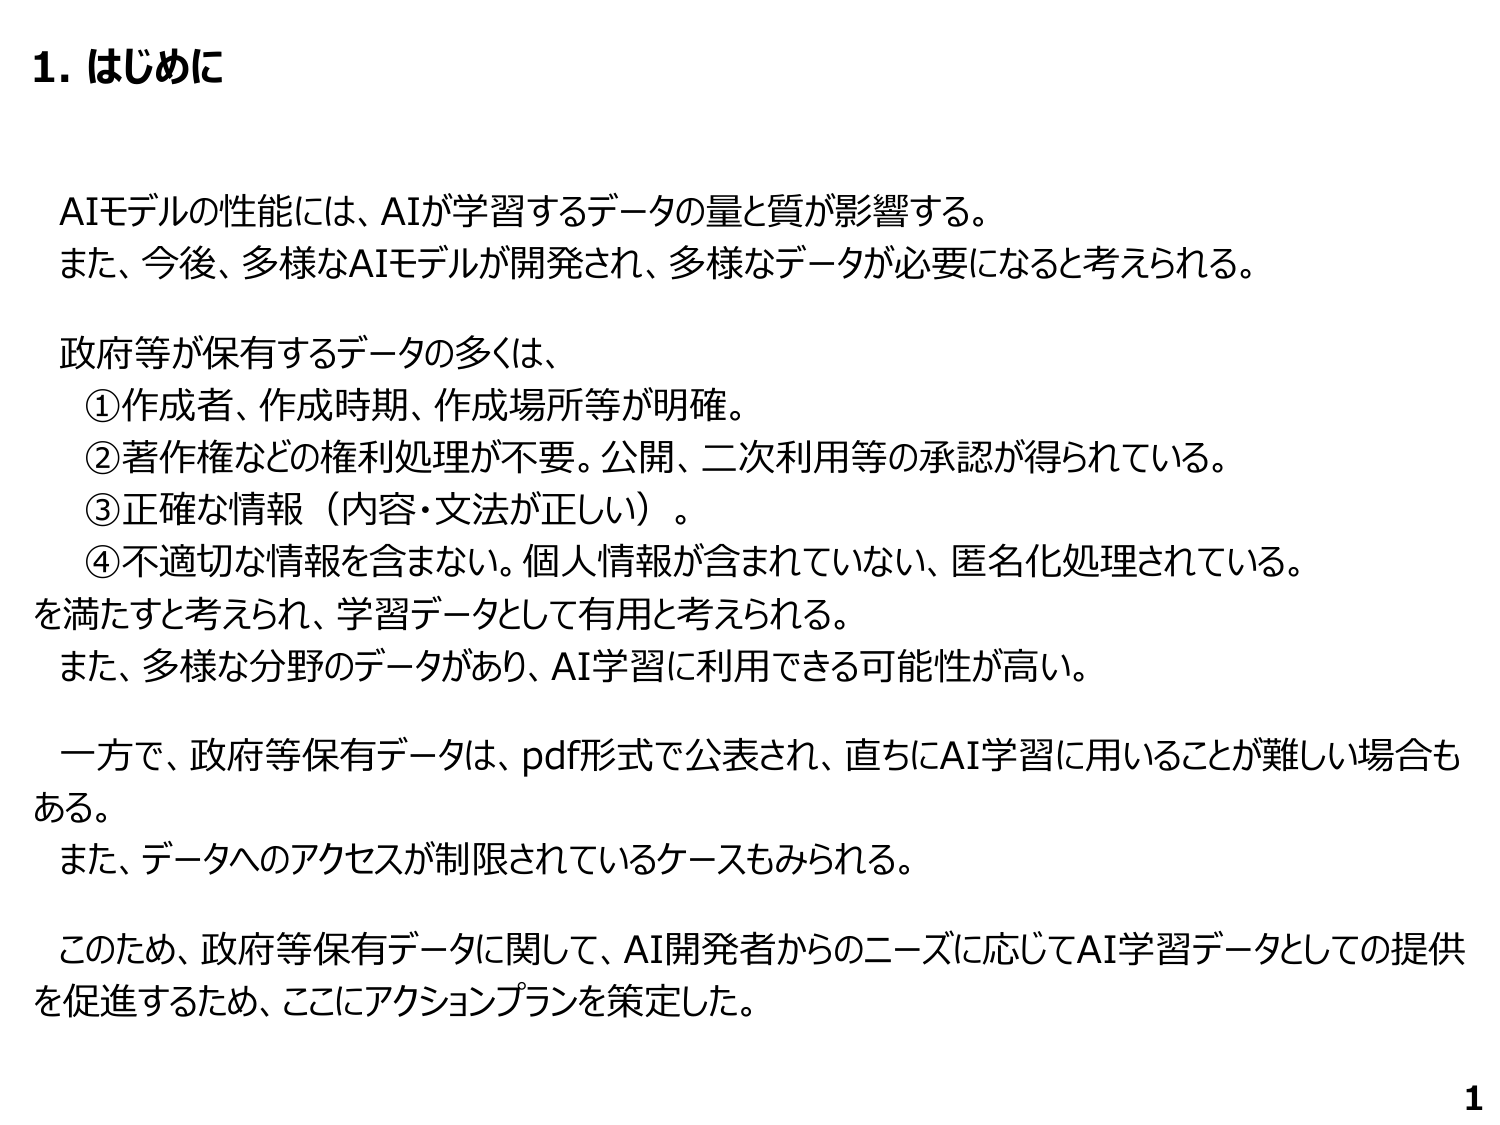
1. はじめに

AIモデルの性能には、AIが学習するデータの量と質が影響する。
また、今後、多様なAIモデルが開発され、多様なデータが必要になると考えられる。

政府等が保有するデータの多くは、
①作成者、作成時期、作成場所等が明確。
②著作権などの権利処理が不要。公開、二次利用等の承認が得られている。
③正確な情報（内容・文法が正しい）。
④不適切な情報を含まない。個人情報が含まれていない、匿名化処理されている。
を満たすと考えられ、学習データとして有用と考えられる。
また、多様な分野のデータがあり、AI学習に利用できる可能性が高い。

一方で、政府等保有データは、pdf形式で公表され、直ちにAI学習に用いることが難しい場合もある。
また、データへのアクセスが制限されているケースもみられる。

このため、政府等保有データに関して、AI開発者からのニーズに応じてAI学習データとしての提供を促進するため、ここにアクションプランを策定した。

1